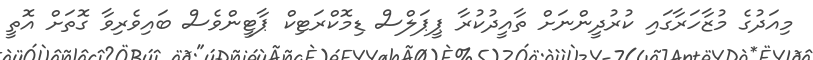
މިއަދުގެ މުޒާހަރާގައި ކުރުދީންނަށް ތާއީދުކުރާ ޕީޕަލްސް ޑިމޮކްރަޓިކް ޕާޓީންވެސް ބައިވެރިވާ ގޮތަށް އޮތީ